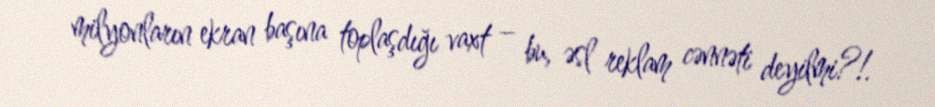
milyonların ekran başına toplaşdığı vaxt – bu, əsl reklam cənnəti deyilmi?!.